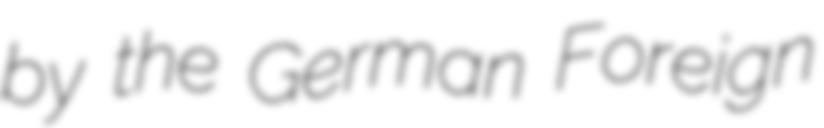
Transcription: by the German Foreign